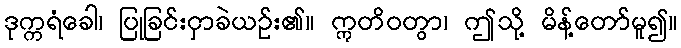
ဒုက္ကရံခေါ၊ ပြုခြင်းငှာခဲယဉ်း၏။ ဣတိဝတွာ၊ ဤသို့ မိန့်တော်မူ၍။